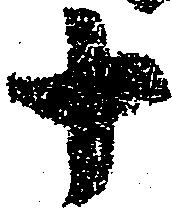
十